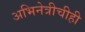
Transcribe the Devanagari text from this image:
अभिनेत्रीचीही